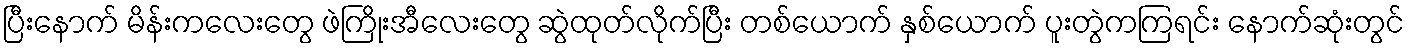
ပြီးနောက် မိန်းကလေးတွေ ဖဲကြိုးအီလေးတွေ ဆွဲထုတ်လိုက်ပြီး တစ်ယောက် နှစ်ယောက် ပူးတွဲကကြရင်း နောက်ဆုံးတွင်